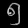
Digit: ၅